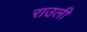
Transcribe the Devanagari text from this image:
राउली